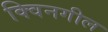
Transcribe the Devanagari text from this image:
क्विनगील